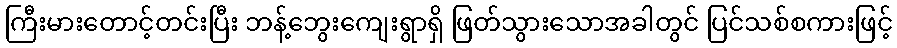
ကြီးမားတောင့်တင်းပြီး ဘန့်ဘွေးကျေးရွာရှိ ဖြတ်သွားသောအခါတွင် ပြင်သစ်စကားဖြင့်